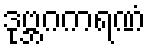
ဒုဗ္ဘဂကရဏံ